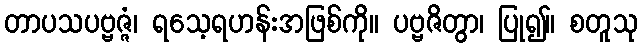
တာပသပဗ္ဗဇ္ဇံ၊ ရသေ့ရဟန်းအဖြစ်ကို။ ပဗ္ဗဇိတွာ၊ ပြု၍။ စတူသု